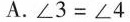
A.$$∠ 3 = ∠ 4$$